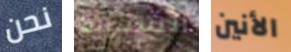
نحن الشتوية الأنين